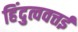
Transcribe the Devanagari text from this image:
हिंदुत्ववत्तई